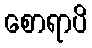
စောရာပိ